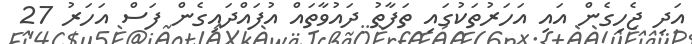
އަދި ޖެހިގެން އައި އަހަރުތަކުގައި ތަފާތު ދައުވާތައް އުފައްދައިގެން ފަސް އަހަރު 27